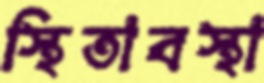
স্থিতাবস্থা